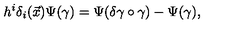
h ^ { i } \delta _ { i } ( \vec { x } ) \Psi ( \gamma ) = \Psi ( \delta \gamma \circ \gamma ) - \Psi ( \gamma ) ,